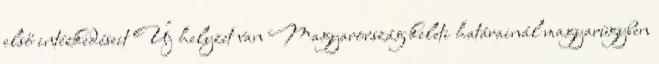
első intézkedéseit Új helyzet van Magyarország keleti határainál magyarügyben